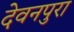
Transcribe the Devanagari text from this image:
देवनपुरा